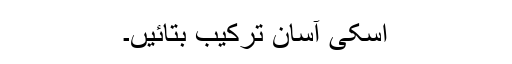
اسکی آسان ترکیب بتائیں۔